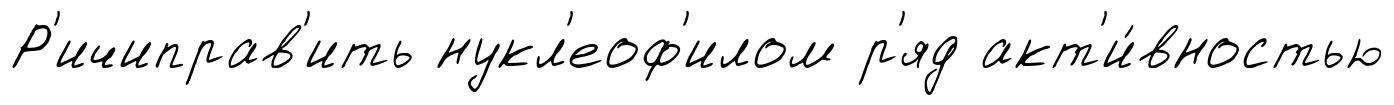
Р'ичиправ'ить нукл'еоф'илом р'яд акт'и́вностью